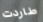
طاردت